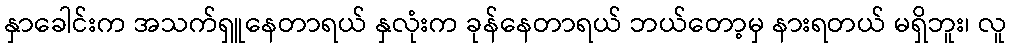
နှာခေါင်းက အသက်ရှူနေတာရယ် နှလုံးက ခုန်နေတာရယ် ဘယ်တော့မှ နားရတယ် မရှိဘူး၊ လူ